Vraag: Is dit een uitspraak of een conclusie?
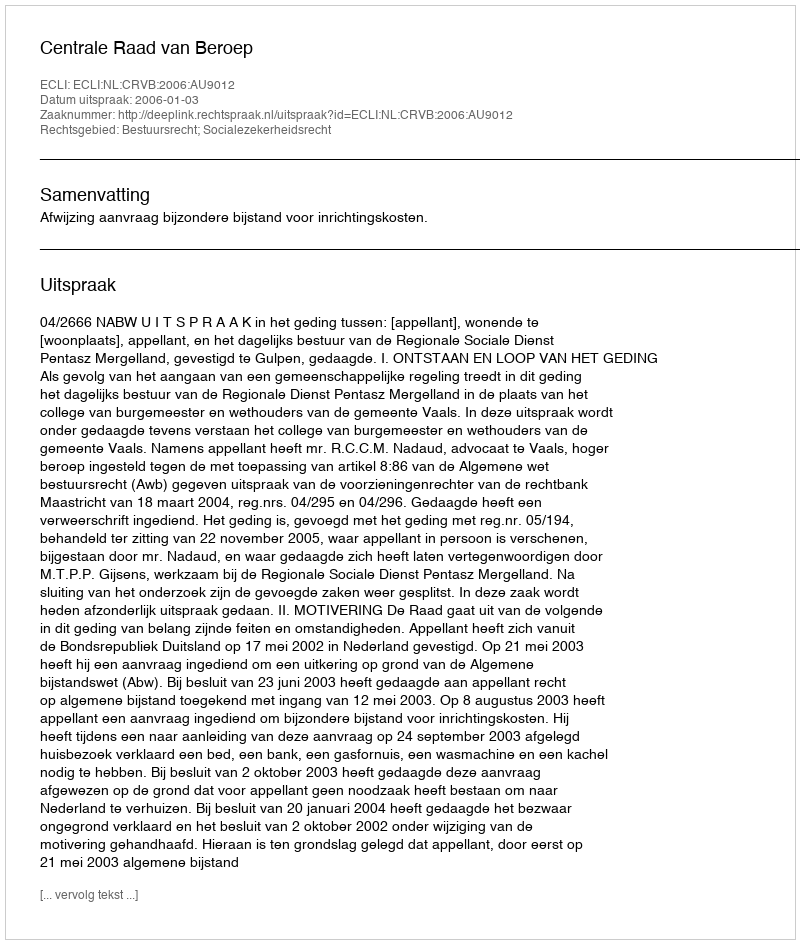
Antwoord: Uitspraak